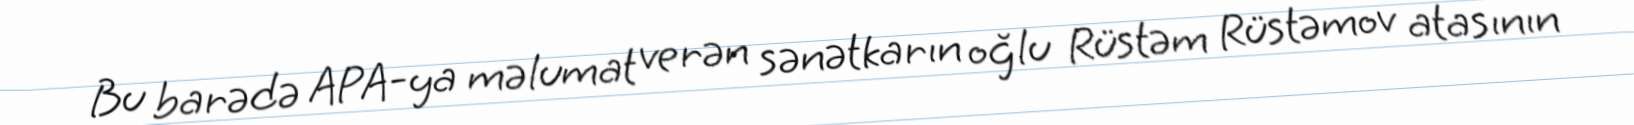
Bu barədə APA-ya məlumat verən sənətkarın oğlu Rüstəm Rüstəmov atasının